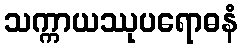
သက္ကာယဿုပရောဓနံ